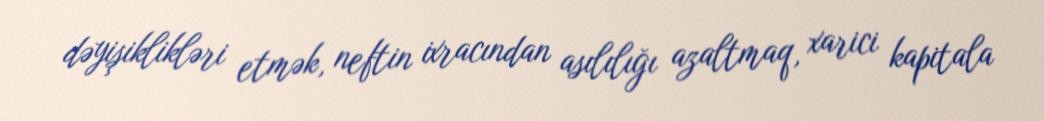
dəyişiklikləri etmək, neftin ixracından asılılığı azaltmaq, xarici kapitala